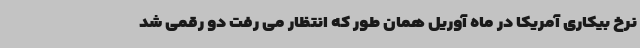
نرخ بیکاری آمریکا در ماه آوریل همان طور که انتظار می رفت دو رقمی شد